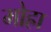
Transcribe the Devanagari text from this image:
मोह्रा